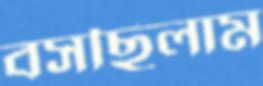
বসছিলাম